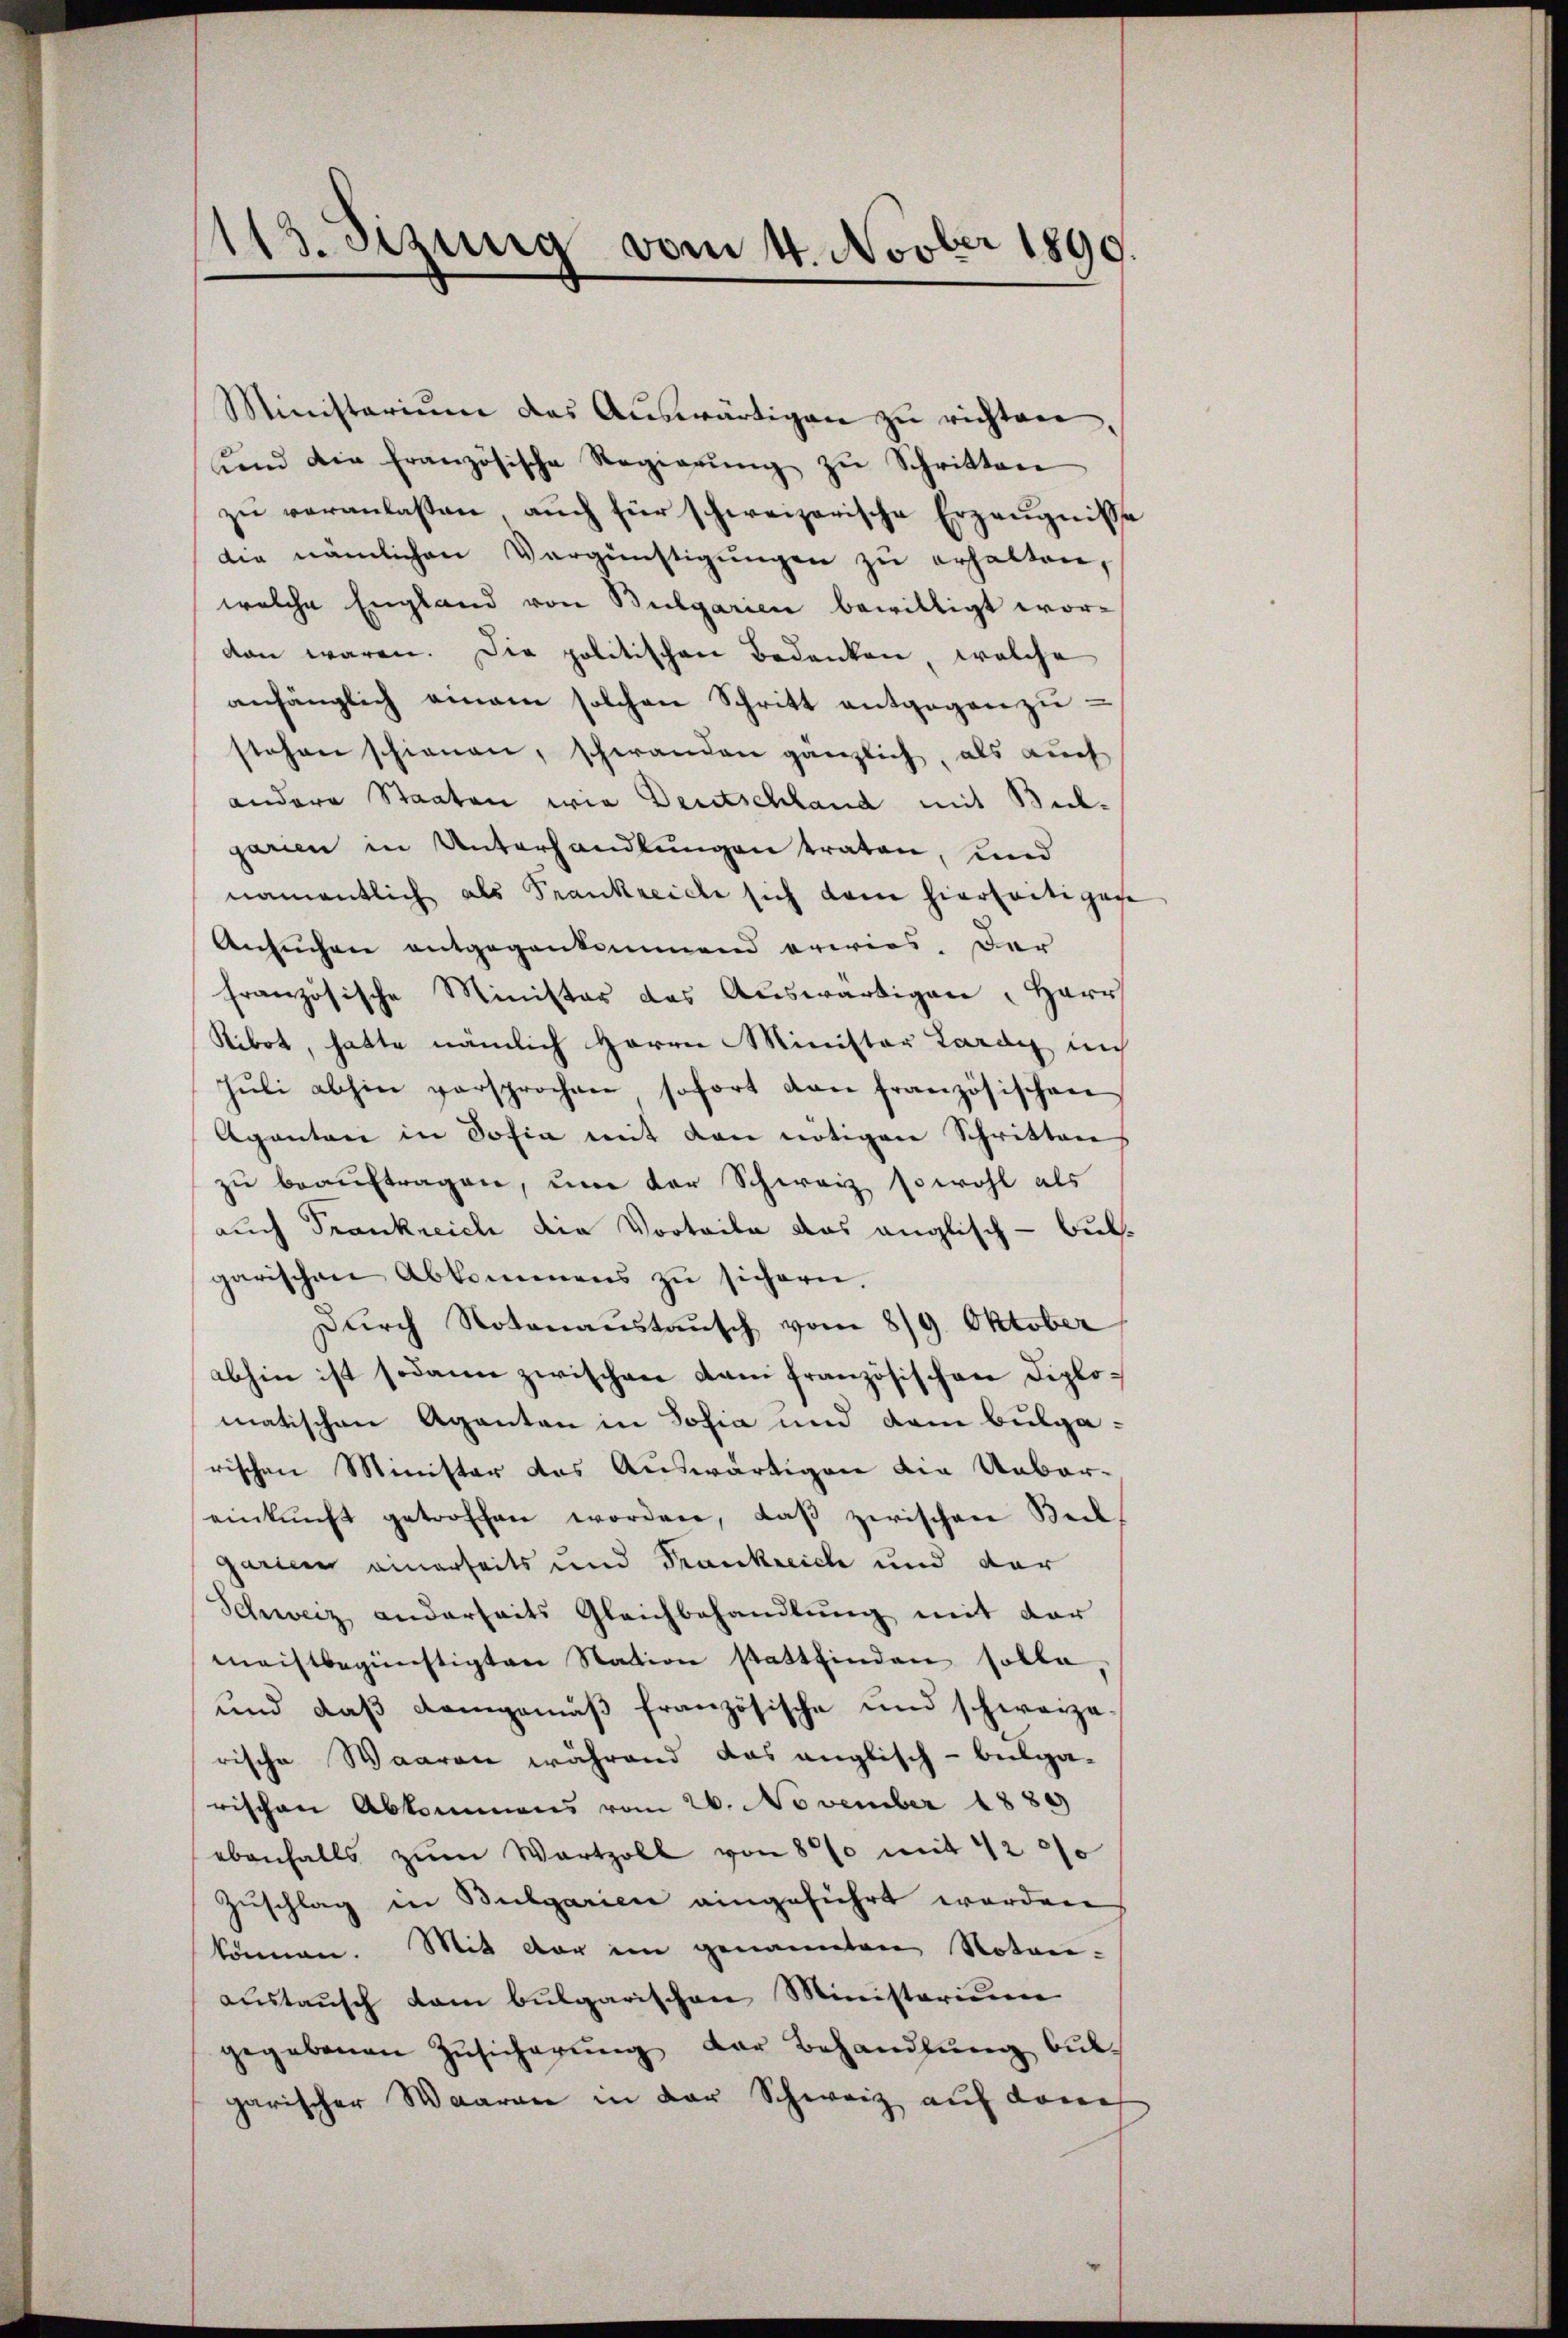
113. Sizung vom 4. Novber 1890.

Ministerium das Aŭswärtigen zŭ richten,
ŭnd die französische Regierŭng zŭ Schritten
zu veranlassen, auch für schweizerische Erzeugnisse
die nämlichen Vergünstigŭngen zŭ erhalten,
welche England von Bulgarien bewilligt wordan waren. Die politischen Bedenken, welche
anhänglich einem solchen Schritt entgegen zŭ-
stehen schienen, schwanden gänzlich, als auch
andere Staaten wie Deutschland mit Belgarien in Unterhandlungen traten, und
namentlich als Frankreiche sich dem hierseitigen
Ansuchen entgegenkommend erwies. Der
französische Minister das Auswärtigen, Herr
Ribot, hatte nämlich Herrn Minister Lardy in
Jŭli abhin versprochen sofort von französischen
Aganten in Sofia mit den nötigen Schrittens
zu beauftragen, um der Schweiz sowohl als
auch Frankreich die Vorteile das anglisch-bulgarischen Abkommens zu sichern.
Durch Notenaustausch vom 8/9. Oktober
abhin ist sodann zwischen dam französischen Diplomatischen Aganten in Sofia und dem Bulgarischen Minister das Auswärtigen die Unbareinkunft getroffen worden, daβ zwischen Beil
garten einerseits und Frankreich und der
Schweiz anderseits Gleichbehandlung mit der
machtbegünstigten Station stattfinden solle
und daß demgemäß französische und schwarze
rische Waaren während das anglisch-belga-
rischen Abkommens vom 26. November 1889
ebenfalls zŭm Wartzoll von 80 mit 42 000
Zuschlag in Bulgarien eingeführt worden
können. Mit der im genannten Noten-
aŭstaŭsch dem bulgarischen Ministerium
gegebenen Zŭsicherŭng der Behandlŭng bŭl-
garischer Waaren in der Schweiz auf dene